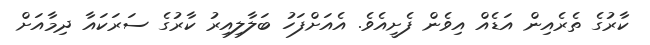
ކާރުގެ ތެރެއިން އަޑެއް އިވެން ފެށީއެވެ. އެއަށްފަހު ބަލާލިއިރު ކާރުގެ ސަރަކައާ ދިމާއަށް